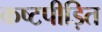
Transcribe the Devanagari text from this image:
कष्टपीड़ित